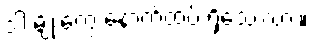
ဒါ မျိုးတွေ နောက်ထပ် ရှိသေးလား။